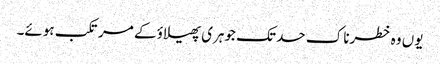
یوں وہ خطرناک حد تک جوہری پھیلاؤ کے مرتکب ہوئے۔